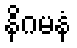
နိဂမနံ